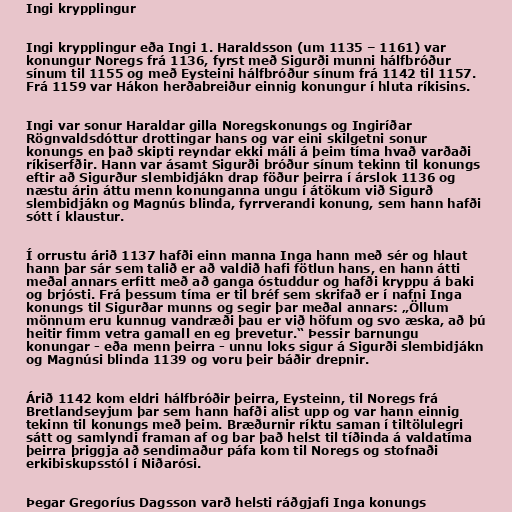
Ingi krypplingur

Ingi krypplingur eða Ingi 1. Haraldsson (um 1135 – 1161) var
konungur Noregs frá 1136, fyrst með Sigurði munni hálfbróður
sínum til 1155 og með Eysteini hálfbróður sínum frá 1142 til 1157.
Frá 1159 var Hákon herðabreiður einnig konungur í hluta ríkisins.

Ingi var sonur Haraldar gilla Noregskonungs og Ingiríðar
Rögnvaldsdóttur drottingar hans og var eini skilgetni sonur
konungs en það skipti reyndar ekki máli á þeim tíma hvað varðaði
ríkiserfðir. Hann var ásamt Sigurði bróður sínum tekinn til konungs
eftir að Sigurður slembidjákn drap föður þeirra í árslok 1136 og
næstu árin áttu menn konunganna ungu í átökum við Sigurð
slembidjákn og Magnús blinda, fyrrverandi konung, sem hann hafði
sótt í klaustur.

Í orrustu árið 1137 hafði einn manna Inga hann með sér og hlaut
hann þar sár sem talið er að valdið hafi fötlun hans, en hann átti
meðal annars erfitt með að ganga óstuddur og hafði kryppu á baki
og brjósti. Frá þessum tíma er til bréf sem skrifað er í nafni Inga
konungs til Sigurðar munns og segir þar meðal annars: „Öllum
mönnum eru kunnug vandræði þau er við höfum og svo æska, að þú
heitir fimm vetra gamall en eg þrevetur.“ Þessir barnungu
konungar - eða menn þeirra - unnu loks sigur á Sigurði slembidjákn
og Magnúsi blinda 1139 og voru þeir báðir drepnir.

Árið 1142 kom eldri hálfbróðir þeirra, Eysteinn, til Noregs frá
Bretlandseyjum þar sem hann hafði alist upp og var hann einnig
tekinn til konungs með þeim. Bræðurnir ríktu saman í tiltölulegri
sátt og samlyndi framan af og bar það helst til tíðinda á valdatíma
þeirra þriggja að sendimaður páfa kom til Noregs og stofnaði
erkibiskupsstól í Niðarósi.

Þegar Gregoríus Dagsson varð helsti ráðgjafi Inga konungs